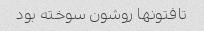
تافتونها روشون سوخته بود